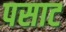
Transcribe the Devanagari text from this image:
पसाट